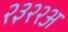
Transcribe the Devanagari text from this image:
२३२२अ